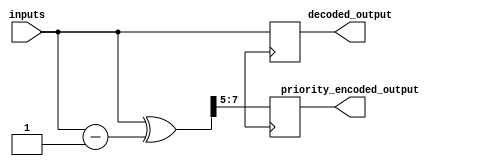
module priority_encoder_decoder (
	input [7:0] inputs,
	output reg [2:0] priority_encoded_output,
	output reg [7:0] decoded_output
);

wire [7:0] encoded_temp;

assign encoded_temp = inputs ^ (inputs - 1);

always @(posedge clk) begin
	priority_encoded_output <= {encoded_temp[7], encoded_temp[6], encoded_temp[5]};
	decoded_output <= inputs;
end

endmodule